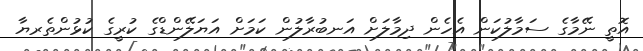
އޮތީ ނޭމާގެ ސަމާލުކަން އެހެން ދިމާލަށް އަނބުރާލުން ކަމަށް އަޔަލޭންޑްގެ ކުރީގެ ކުޅުންތެރޔާ